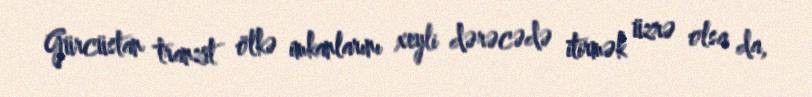
Gürcüstan tranzit ölkə imkanlarını xeyli dərəcədə itirmək üzrə olsa da,